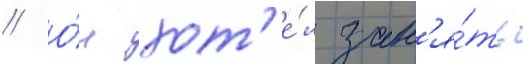
// О́н хот'е́л зан'я́ть